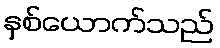
နှစ်ယောက်သည်